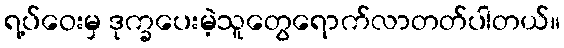
ရ့ပ်ဝေးမှ ဒုက္ခပေးမဲ့သူတွေရောက်လာတတ်ပါတယ်။